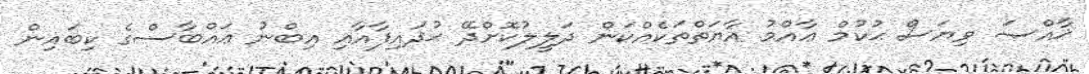
ޚާއްޞަ ވިޔަސް ޙުކުމް ޢާއްމު އާޔަތްތަކެއްކަން ދަލީލުކޮށްދޭ ޙުޛައިފާއާއި އިބްނު ޢައްބާސްގެ ކިބައިން